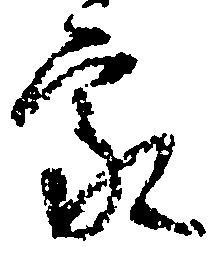
家